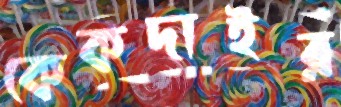
কেকদাইর